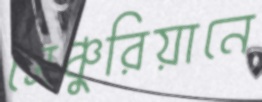
সেঞ্চুরিয়ানে